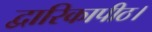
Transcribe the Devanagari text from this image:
द्वारिकापीठ।